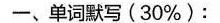
一、单词默写(30%)：